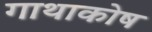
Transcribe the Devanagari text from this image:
गाथाकोष